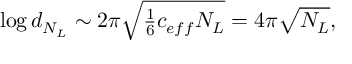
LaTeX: \log d _ { N _ { L } } \sim { 2 \pi \sqrt { \textstyle { \frac { 1 } { 6 } } c _ { e f f } N _ { L } } } = 4 \pi \sqrt { N _ { L } } ,